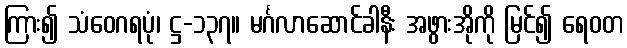
ကြား၍ သံဝေဂရပုံ၊ ဋ္ဌ-၁၃၇။ မင်္ဂလာဆောင်ခါနီး အဖွားအိုကို မြင်၍ ရေဝတ